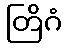
တြိဂံ